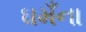
ઘમઁના